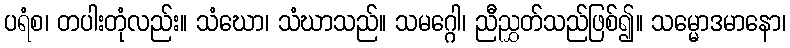
ပရံစ၊ တပါးတုံလည်း။ သံဃော၊ သံဃာသည်။ သမဂ္ဂေါ၊ ညီညွှတ်သည်ဖြစ်၍။ သမ္မောဒမာနော၊